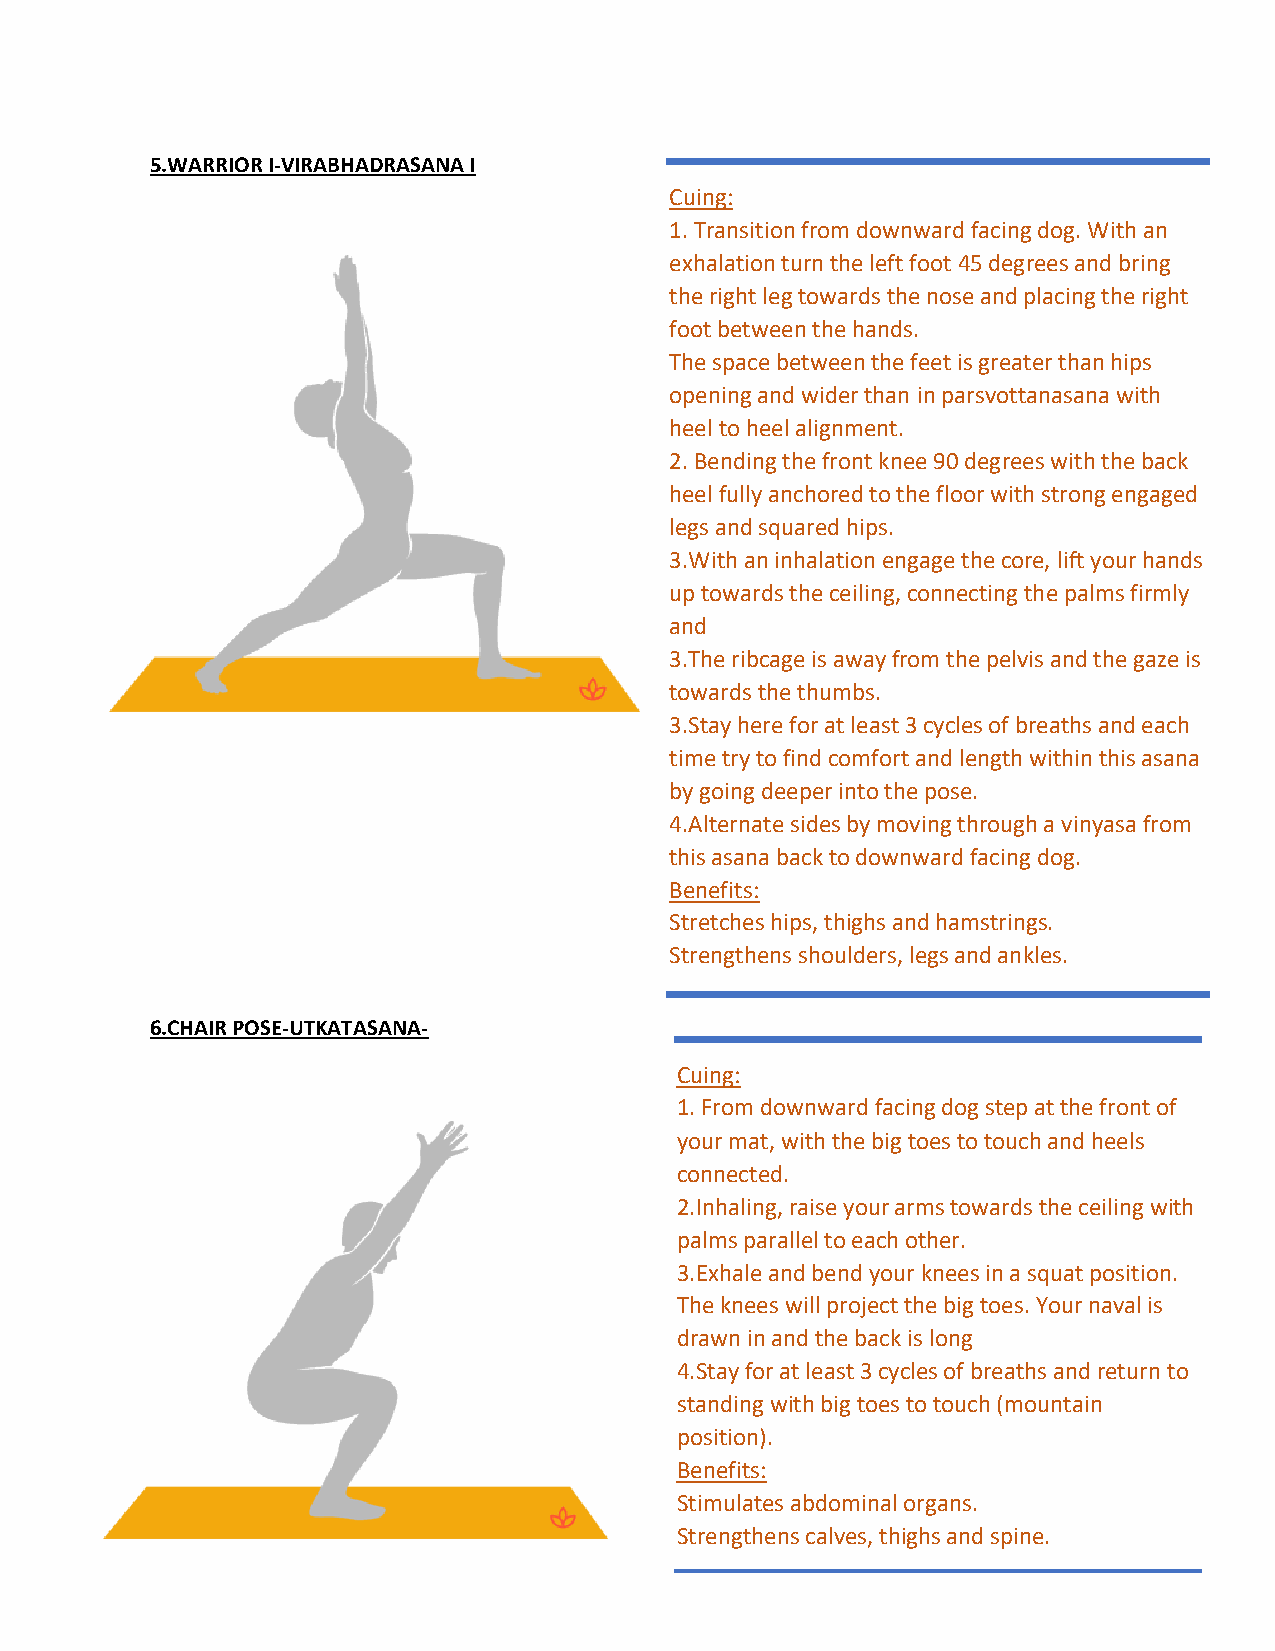
5.WARRIOR I-VIRABHADRASANA I
 Cuing:
 1. Transition from downward facing dog. With an
 exhalation turn the left foot 45 degrees and bring
 the right leg towards the nose and placing the right
 foot between the hands.
 The space between the feet is greater than hips
 opening and wider than in parsvottanasana with
 heel to heel alignment.
 2. Bending the front knee 90 degrees with the back
 heel fully anchored to the floor with strong engaged
 legs and squared hips.
 3.With an inhalation engage the core, lift your hands
 up towards the ceiling, connecting the palms firmly
 and
 3.The ribcage is away from the pelvis and the gaze is
 towards the thumbs.
 3.Stay here for at least 3 cycles of breaths and each
 time try to find comfort and length within this asana
 by going deeper into the pose.
 4.Alternate sides by moving through a vinyasa from
 this asana back to downward facing dog.
 Benefits:
 Stretches hips, thighs and hamstrings.
 Strengthens shoulders, legs and ankles.
 6.CHAIR POSE-UTKATASANA-
 Cuing:
 1. From downward facing dog step at the front of
 your mat, with the big toes to touch and heels
 connected.
 2.Inhaling, raise your arms towards the ceiling with
 palms parallel to each other.
 3.Exhale and bend your knees in a squat position.
 The knees will project the big toes. Your naval is
 drawn in and the back is long
 4.Stay for at least 3 cycles of breaths and return to
 standing with big toes to touch (mountain
 position).
 Benefits:
 Stimulates abdominal organs.
 Strengthens calves, thighs and spine.